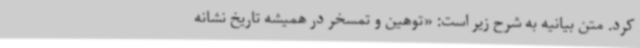
کرد. متن بیانیه به شرح زیر است: «توهین و تمسخر در همیشه تاریخ نشانه